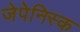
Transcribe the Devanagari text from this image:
जेपेनिस्क